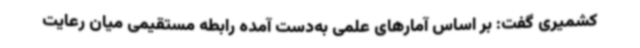
کشمیری گفت: بر اساس آمارهای علمی به‌دست‌ آمده رابطه مستقیمی میان رعایت